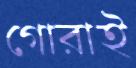
গোরাই